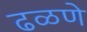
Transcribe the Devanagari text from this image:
ढळणे